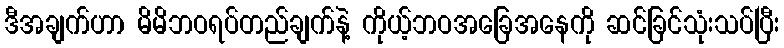
ဒီအချက်ဟာ မိမိဘဝရပ်တည်ချက်နဲ့ ကိုယ့်ဘဝအခြေအနေကို ဆင်ခြင်သုံးသပ်ပြီး